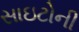
સાઇટોની